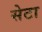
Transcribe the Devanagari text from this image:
सेटा